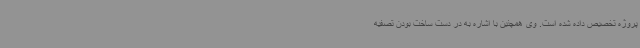
پروژه تخصیص داده شده است. وی همچنین با اشاره به در دست ساخت بودن تصفیه